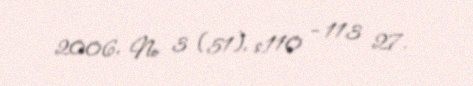
2006, № 3 (51), s.110 – 113 27.